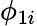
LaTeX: \phi_{1i}